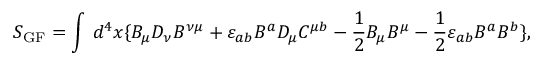
S _ { \mathrm { G F } } = \int \, d ^ { 4 } x \{ B _ { \mu } D _ { \nu } B ^ { \nu \mu } + \varepsilon _ { a b } B ^ { a } D _ { \mu } C ^ { \mu b } - \frac { 1 } { 2 } B _ { \mu } B ^ { \mu } - \frac { 1 } { 2 } \varepsilon _ { a b } B ^ { a } B ^ { b } \} ,